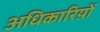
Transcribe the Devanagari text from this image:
अधिकारिय़ों